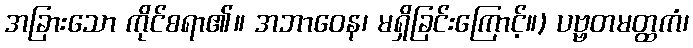
အခြားသော ကိုင်စရာ၏။ အဘာဝေန၊ မရှိခြင်းကြောင့်။) ပဗ္ဗတမတ္ထကံ၊